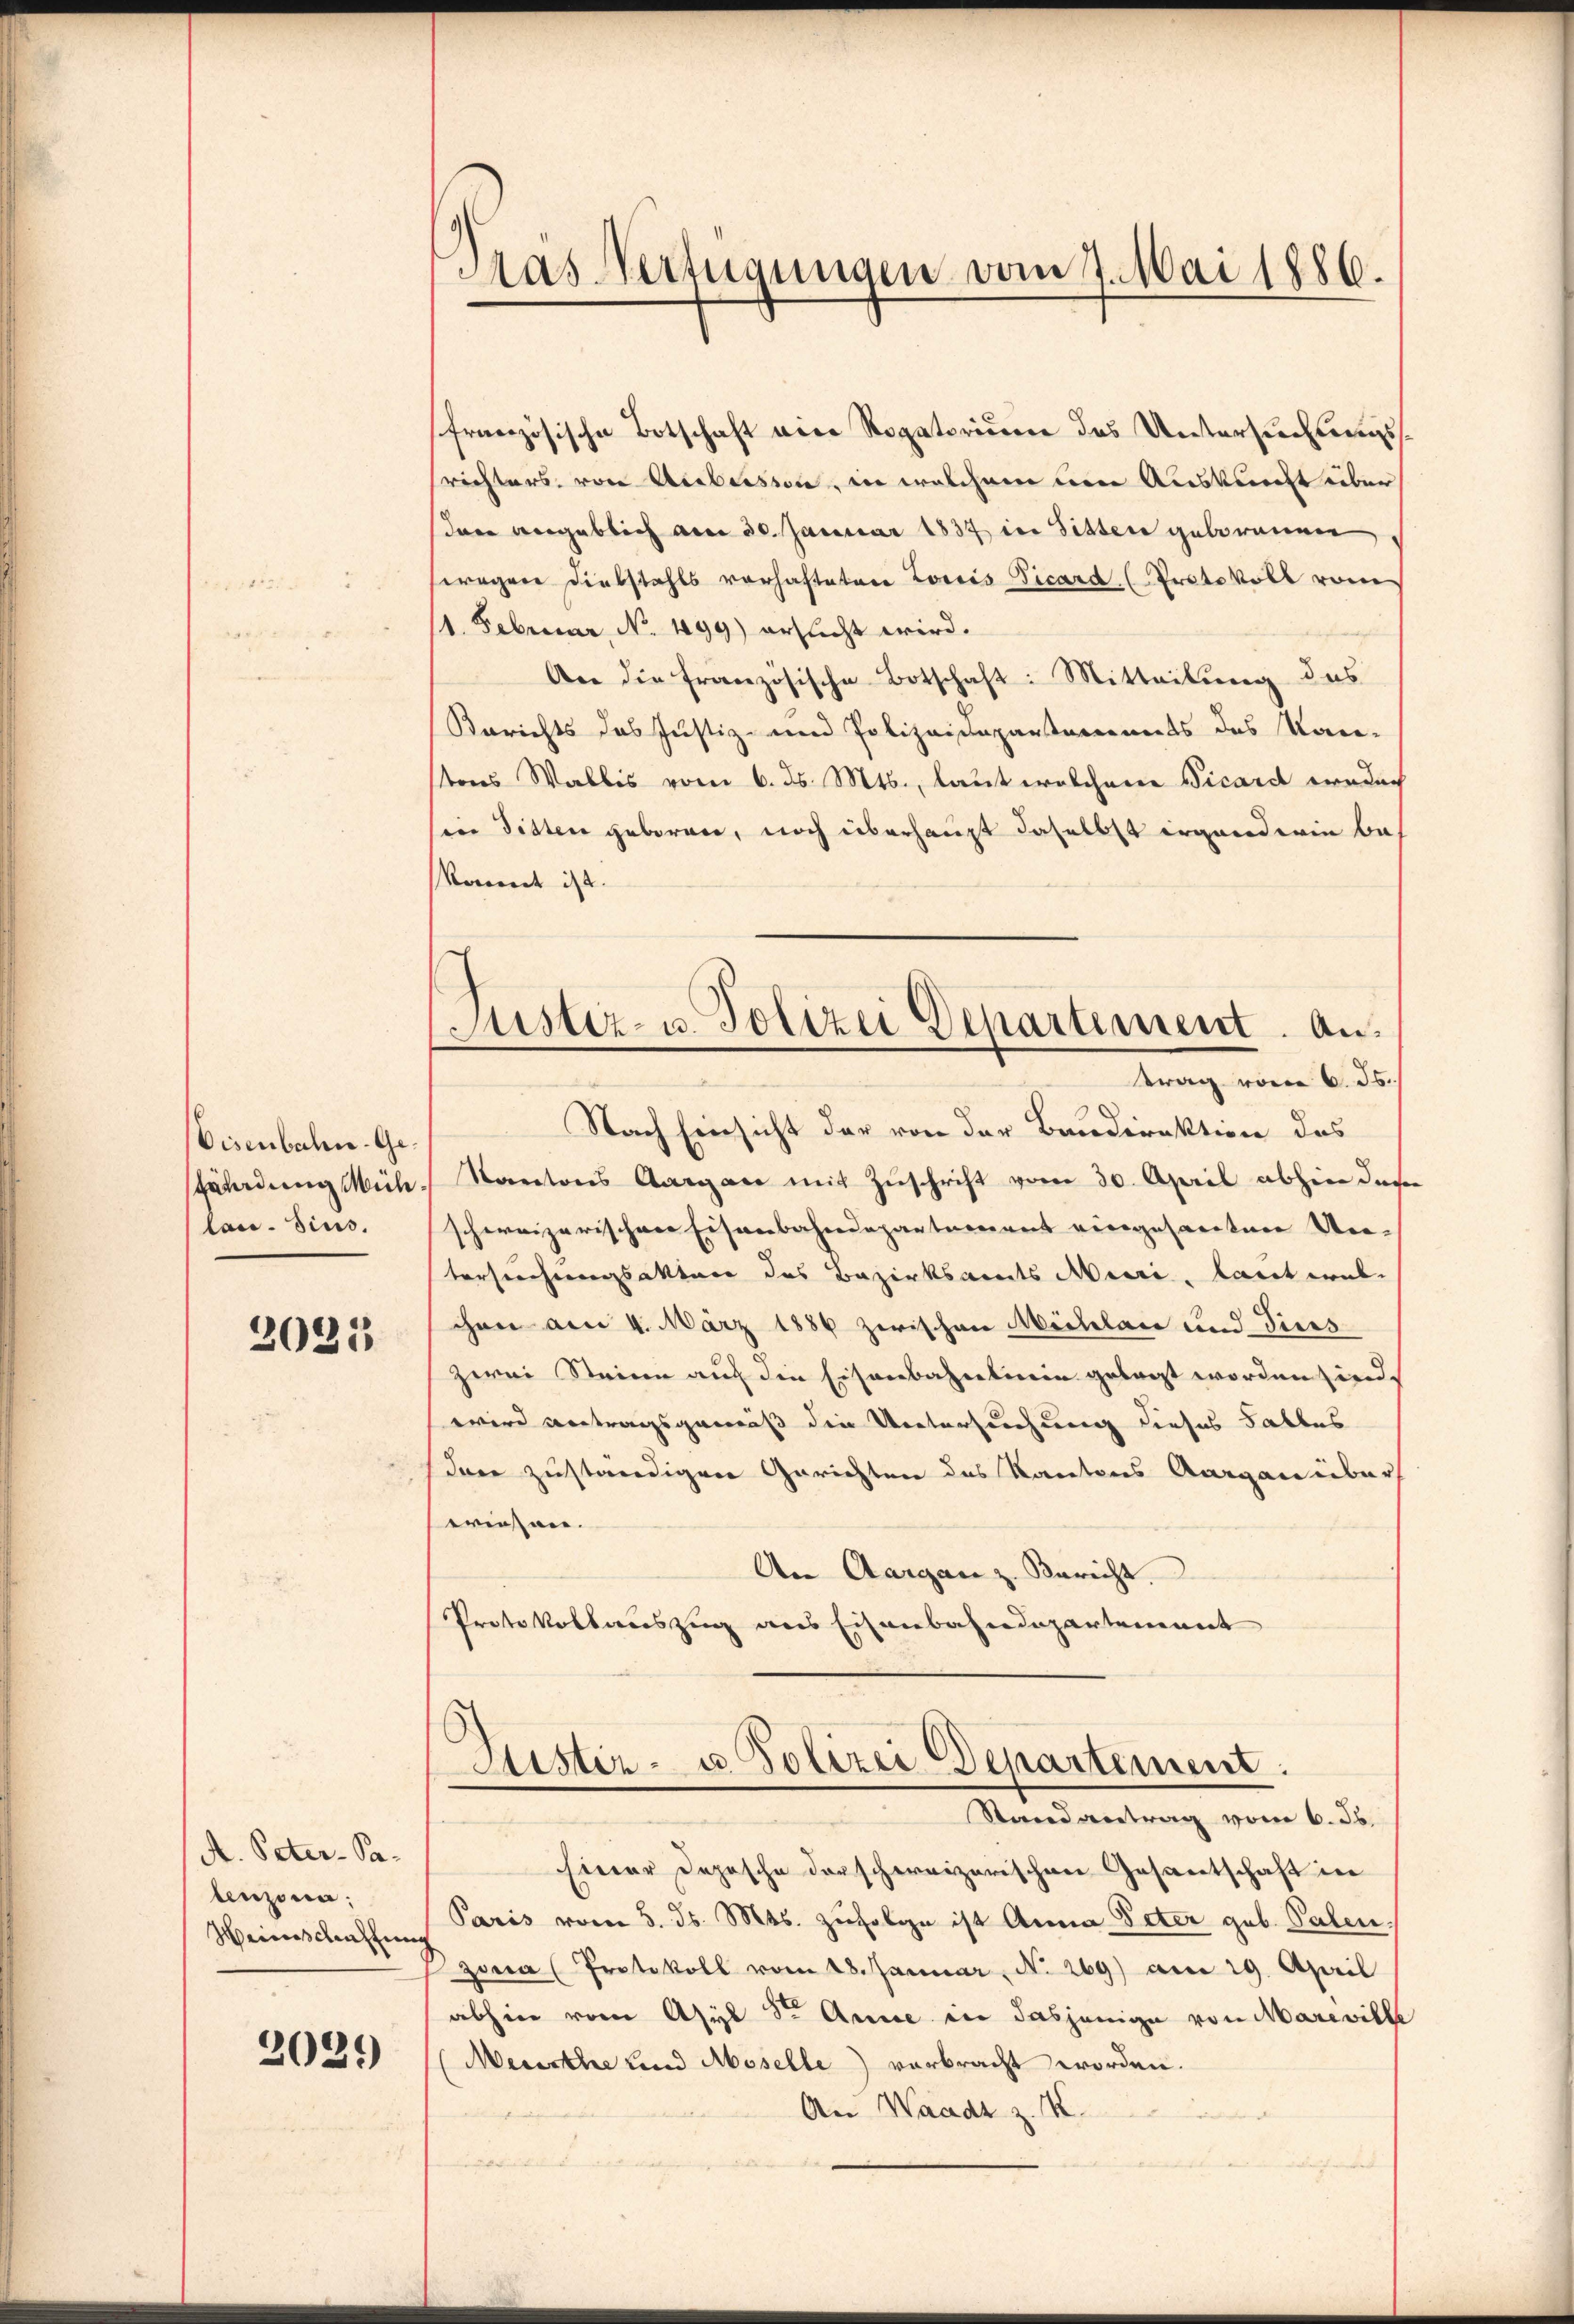
Eisenbahn. Gefährdung Mich
lau. Sins.

2025

A. Peter- Sabenzona;
Weinschensten

2031

Das Verfügungen vom 11. Mai 1886.

Justiz- u. Polizei Departement. Antrag vom 6. ds.

französische Botschaft eine Rogatorium des Untersuchungssrichters, von Aebersion, in welchem den Auskunft über
dann angeblich am 30. Januar 1837 in Sitter geborenen
wegen Diebstahls vorhafteten Loris Vicard (Protokoll vom
1. Februar No. 499) ersucht wird.
An die französische Botschaft: Mitteilung des
Berichts das Justiz- und Polizeidepartements des Kan-
tons Wallis vom 6. ds. Mts., laut welchen Vicard weder
in Sitten geboren, noch überhaupt daselbst irgenderin be¬
Rovernet ist. |
Nach Einsicht der von der Baudirektion des
Kantons Aargane mit Zuschrift vom 30. April abhin diser
schweizerischen Eisenbahndepartement eingesandtene Un-
tersuchungsakter des Bezirksamts Meere, laut wil
chen am 4. März 1886 zwischen Meillace und Tiers
zwei Steine auf die Eisenbahnlinie gelegt worden sind.
wird antragsgemäß die Untersuchung dieses Falles
dann zuständigen Gerichten des Kantons Aargau über
eriesen.
An Aargau z. Bericht.
Protokollauszug aus Eisenbahndepartement

Justiz- u. Polizei Departement.
Randantrag vom 6. Jb.

Einer Depesche darschereizerischen Gesantschaft in
Paris vom 5. ds. Mts. zufolge ist Anna Peter geb. Palen.
zona (Protokoll vom 28. Januar, No 269) am 29. April
abhin vom Asyl Sr. Anne in dasjenige von Mareville
Meurthe und Moselle) verbracht worden.
An Waadt z. B.